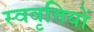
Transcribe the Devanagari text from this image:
स्ववृत्तियों